Lunatic asylums Bombay report 1878-1890 - 1878-1890
Year: 1878
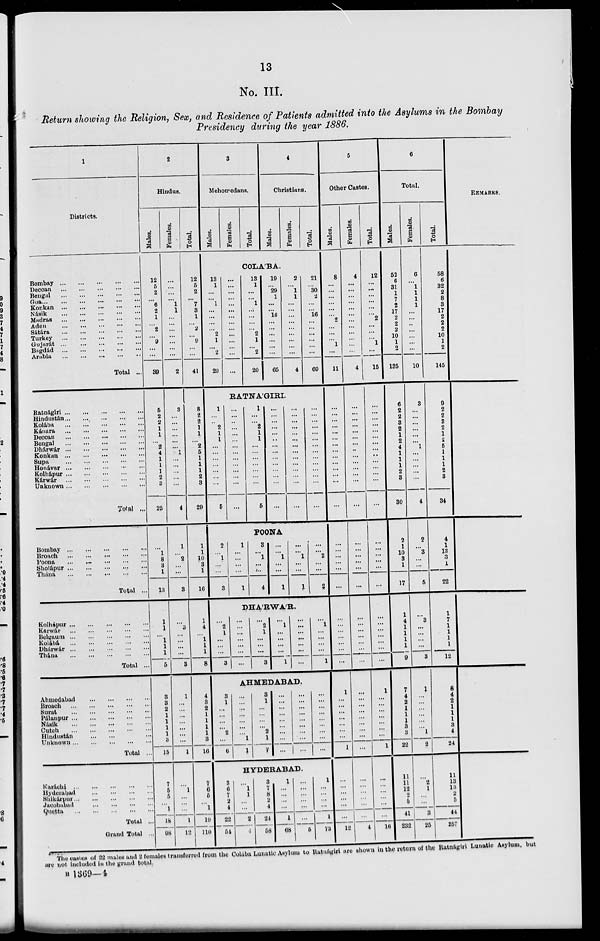
13
No. III.
Return showing the Religion, Sex, and Residence of Patients admitted into the Asylums in the Bombay
Presidency during the year 1886.
1
Districts.
Bombay
...
...
...
...
...
Deccan
...
...
...
...
...
Bengal
...
...
...
...
...
Goa
...
...
...
...
...
Konkan
...
...
...
...
...
Násik
...
...
...
...
...
Madras
...
...
...
...
...
Aden
...
...
...
...
...
Sátára
...
...
...
...
...
Turkey
...
...
...
...
...
Gujarát
...
...
...
...
...
Bagdád
...
...
...
...
...
Arabia
...
...
...
...
...
Total ...
Ratnágiri
...
...
...
...
...
Hindustán
...
...
...
...
...
Kolába
...
...
...
...
...
Kánara
...
...
...
...
...
Deccan
...
...
...
...
...
Bengal
...
...
...
...
...
Dhárwár
...
...
...
...
...
Konkan
...
...
...
...
...
Supa
...
...
...
...
...
Honávar
...
...
...
...
...
Kolhápur
...
...
...
...
...
Kárwár
...
...
...
...
...
Unknown
...
...
...
...
...
Total ...
Bombay
...
...
...
...
...
Broach
...
...
...
...
...
Poona
...
...
...
...
...
Sholápur
...
...
...
...
...
Thána ... ... ... ... ...
Total ...
Kolhápur
...
...
...
...
...
Kárwár
...
...
...
...
...
Belgaum
...
...
...
...
...
Kolábá
...
...
...
...
...
Dhárwár
...
...
...
...
...
Thána
...
...
...
...
...
Total ...
Ahmedabad
...
...
...
...
Broach
...
...
...
...
...
Surat
...
...
...
...
...
Pálanpur
...
...
...
...
...
Násik
...
...
...
...
...
Cutch
...
...
...
...
...
Hindustán ... ... ... ...
Unknown
...
...
...
...
...
Total ...
Karáchi
...
...
...
...
...
Hyderabad
...
...
...
...
Shikárpur
...
...
...
...
...
Jacobabad
...
...
...
...
...
Quetta
...
...
...
...
...
Total ...
Grand Total ...
2
Hindus.
Males.
12
5
2
...
6
2
1
...
2
...
9
...
...
39
5
2
2
1
1
...
2
4
1
1
1
2
3
25
...
1
8
3
1
13
1
1
...
1
1
1
5
3
3
2
1
1
1
1
3
15
7
5
5
...
1
18
98
Females.
...
...
...
...
1
1
...
...
...
...
...
...
...
2
3
...
...
...
...
...
...
1
...
...
...
...
...
4
1
...
2
...
...
3
...
3
...
...
...
...
3
1
...
...
...
...
...
...
...
1
...
1
...
...
...
1
12
Total.
12
5
2
...
7
3
1
...
2
...
9
...
...
41
8
2
2
1
1
...
2
5
1
1
1
2
3
29
1
1
10
3
1
16
1
4
...
1
1
1
8
4
3
2
1
1
1
1
3
16
7
6
5
...
1
19
110
3
Mehomedans.
Males.
Females.
Total.
4
Christians.
Males.
Females.
Total.
COLA'BA.
13
1
...
...
1
...
...
...
...
2
1
...
2
20
...
...
...
...
...
...
...
...
...
...
...
...
...
...
13
1
...
...
1
...
...
...
...
2
1
...
2
20
19
...
29
1
...
...
16
...
...
...
...
...
...
65
2
...
1
1
...
...
...
...
...
...
...
...
...
4
21
...
30
2
...
...
16
...
...
...
...
...
...
69
RATNA'GIRI.
1
...
..
2
1
1
...
...
...
...
...
...
...
5
...
...
...
...
...
...
...
...
...
...
...
...
...
...
1
...
...
2
1
1
...
...
...
...
...
...
...
5
...
...
...
...
...
...
...
...
...
...
...
...
...
...
...
...
...
...
...
...
...
...
...
...
...
...
...
...
...
...
...
...
...
...
...
...
...
...
...
...
...
...
POONA
2
...
1
...
...
3
1
...
...
...
...
1
3
...
1
...
...
4
...
...
1
...
...
1
...
...
1
...
...
1
...
...
2
...
...
2
DHARWAR.
...
2
1
...
...
...
3
3
1
...
...
...
...
2
...
6
...
...
...
...
...
...
...
...
2
1
...
...
...
3
...
1
...
...
...
...
1
...
...
...
...
...
...
...
...
1
...
...
...
...
1
AHMEDABAD.
...
...
...
...
...
...
...
1
1
3
1
...
...
...
...
2
1
7
...
...
...
...
...
...
...
...
...
...
...
...
...
...
...
...
...
...
...
...
...
...
...
...
...
...
...
HYDERABAD.
3
6
7
2
4
22
54
...
1
1
...
...
2
4
3
7
8
2
4
24
58
1
...
...
...
...
1
68
...
...
...
...
...
...
5
1
...
...
...
...
1
73
5
Other Castes.
Males.
8
...
...
...
...
...
...
2
...
...
...
1
...
11
...
...
...
...
...
...
...
...
...
...
...
...
...
...
...
...
...
...
...
...
...
...
...
...
...
...
...
1
...
...
...
...
...
...
...
1
...
...
...
...
...
...
12
Females.
4
...
...
...
...
...
...
...
...
...
...
...
...
4
...
...
...
...
...
...
...
...
...
...
...
...
...
...
...
...
...
...
...
...
...
...
...
...
...
...
...
...
...
...
...
...
...
...
...
...
...
...
...
...
...
...
4
Total.
12
...
...
...
...
...
...
2
...
...
...
1
...
15
...
...
...
...
...
...
...
...
...
...
...
...
...
...
...
...
...
...
...
...
...
...
...
...
...
...
...
1
...
...
...
...
...
...
...
1
...
...
...
...
...
...
16
6
Total.
Males.
53
6
31
1
7
2
17
2
2
2
10
1
2
135
6
2
2
3
2
1
2
4
1
1
1
2
3
30
2
1
10
3
1
17
...
...
...
...
...
...
9
7
4
2
1
1
1 3
3
22
11
11
12
2
5
41
232
Females.
6
...
1
1
1
1
...
...
...
...
...
...
...
10
3
...
...
...
...
...
...
1
...
...
...
...
...
4
2
...
3
...
...
5
...
3
...
...
...
...
3
1
...
...
...
...
...
...
1
2
...
2
1
...
...
3
25
Total.
58
6
32
2
8
3
17
2
2
2
10
1
2
145
9
2
2
3
2
1
2
5
1
1
1
2
3
34
4
1
13
3
1
22
1
7
1
1
1
1
12
8
4
2
1
1
1
3
4
24
11
13
13
2
5
44
257
REMARKS.
The castes of 22 males and 2 females transferred from the Colába Lunatic Asylum to Ratnágiri are shown in the return of the Ratnágiri Lunatic Asylum, but
are not included in the grand total.
B 1369—4